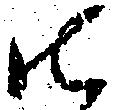
御